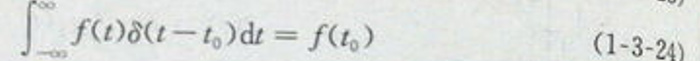
\[
\int_{-\infty}^{\infty} f(t)\delta(t - t_0)\mathrm{d}t = f(t_0) \quad (1 - 3 - 24)
\]